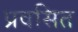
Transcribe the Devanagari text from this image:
प्रवसित